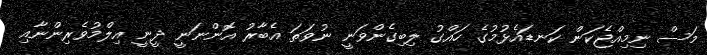
މަސް ނިމިއްޖެކަން ކަނޑައެޅުމުގެ ހައްގު ލިބިގެންވަނީ ނުވަތަ އެބާރު އޮންނަނީ ދީނީ އިލްމުވެރިންނާއި